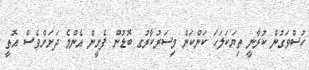
ހުސްވަގުން ކުރާނީ ތިޔަކަލަހަ ކަންކަން މިސަރުކާރުގ ބޮޑުން ފެށީން އެންމެ ދަށަށްވެސް އޮތީ